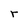
Character: r